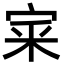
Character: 宷